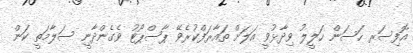
އޮފިސަރ ހަސަން ހަލީލު ވިދާޅުވީ އަލަށް ތައާރަފްކުރެވޭ ޕާސްޕޯޓު ވެގެންދާނީ ސަލާމަތީ ކަން